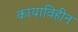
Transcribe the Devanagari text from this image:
कायाविहीन